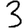
Digit: 3